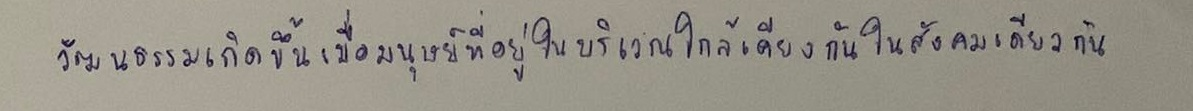
วัฒนธรรมเกิดขึ้นเมื่อมนุษย์ที่อยู่ในบริเวณใกล้เคียงกันในสังคมเดียวกัน